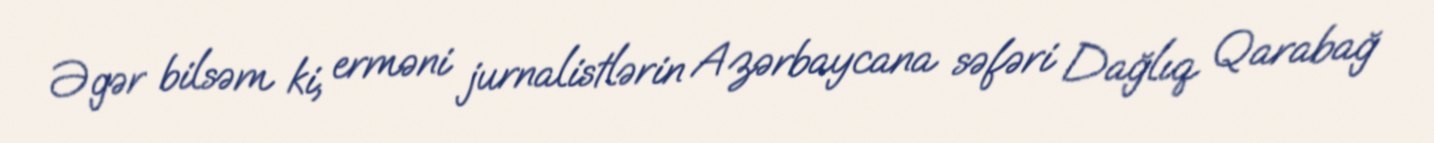
Əgər bilsəm ki, erməni jurnalistlərin Azərbaycana səfəri Dağlıq Qarabağ